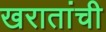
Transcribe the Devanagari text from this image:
खरातांची